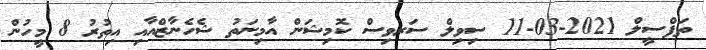
ތަފްސީލް 2021-03-11 ސިވިލް ސަރވިސް ކޮމިޝަން އާމިނަތު ޝެހެނާޒްއާއި އިތުރު 8 މީހުން